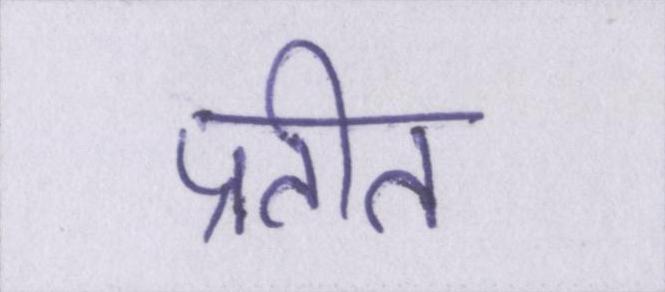
प्रतीत